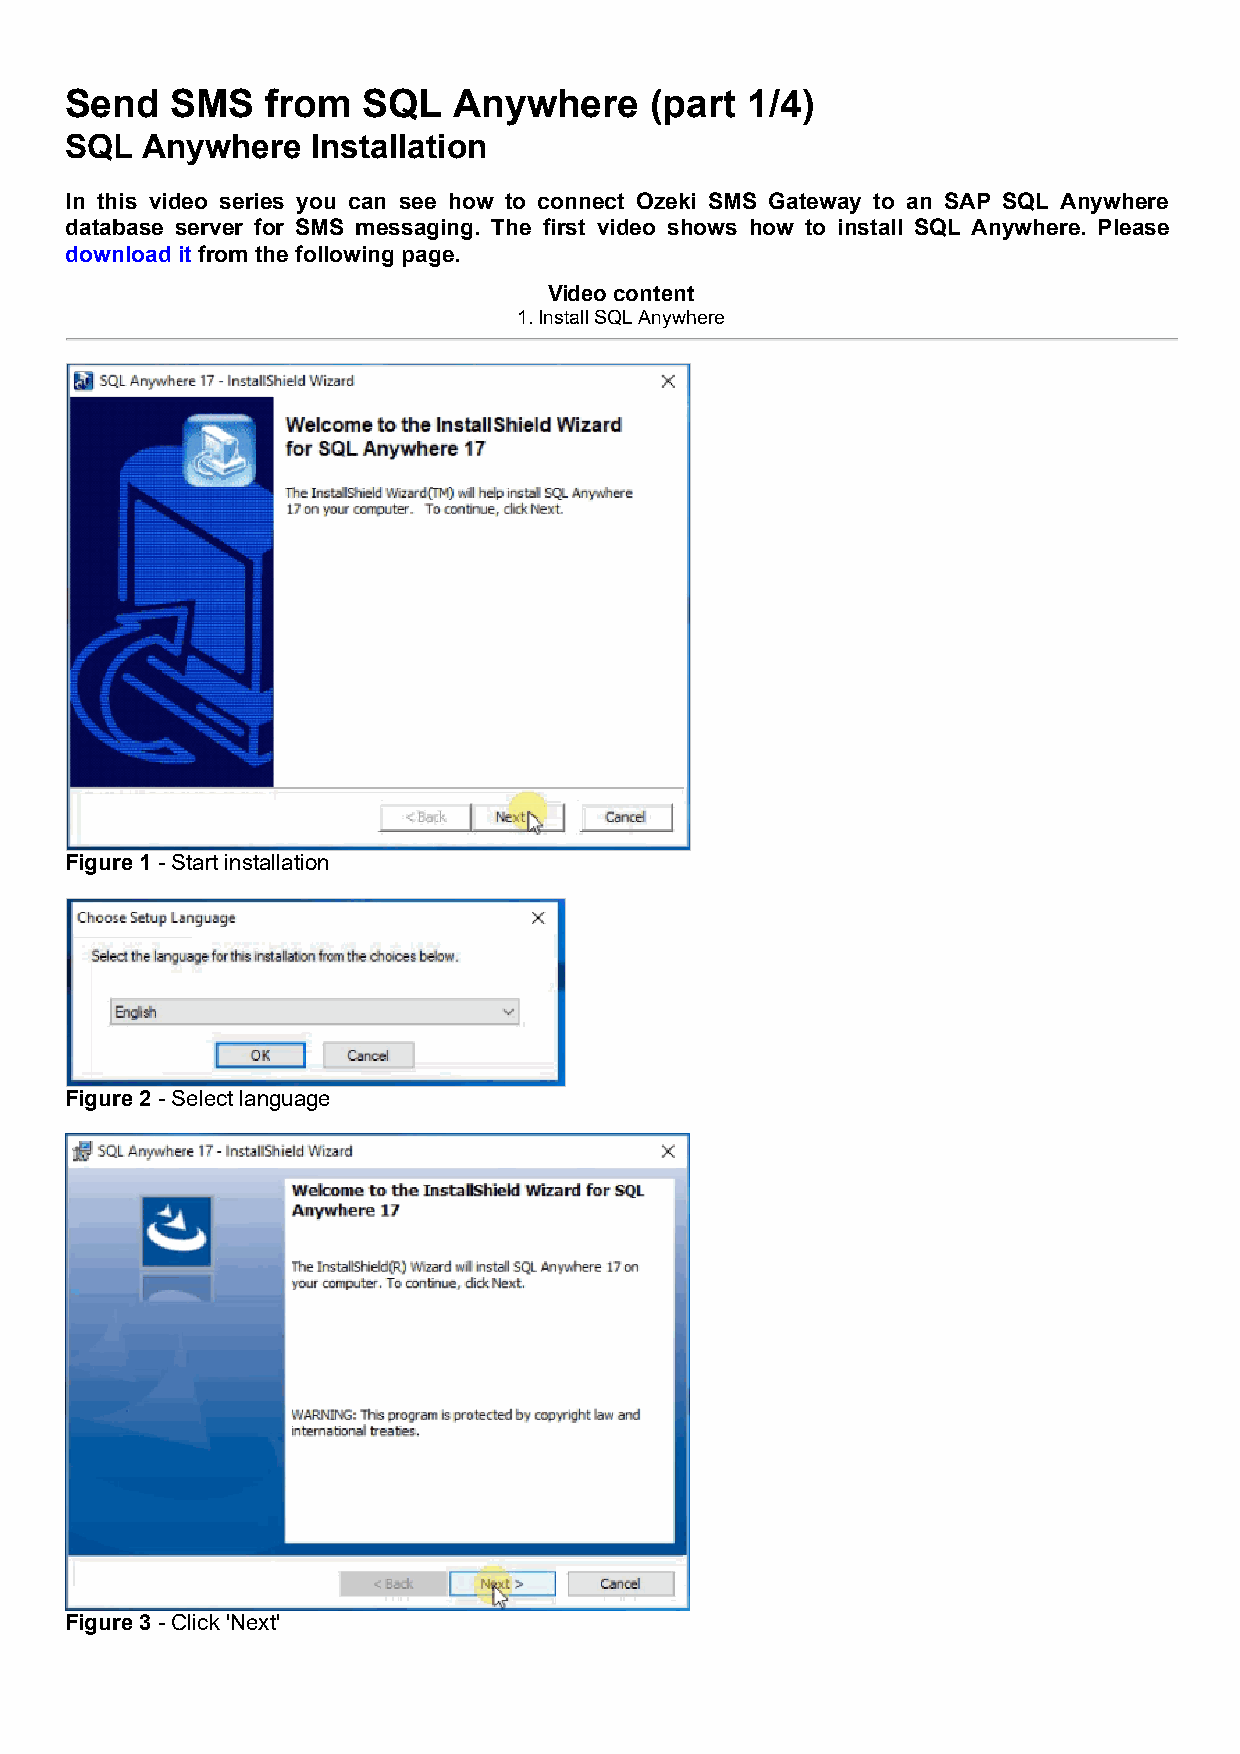
Send   SMS    from  SQL   Anywhere     (part  1/4)
 SQL  Anywhere    Installation
 In this video series you can see how to connect Ozeki SMS Gateway to an SAP SQL Anywhere
 database server for SMS messaging. The first video shows how to install SQL Anywhere. Please
 download it from the following page.
 Video content
 1. Install SQL Anywhere
 Figure 1 - Start installation
 Figure 2 - Select language
 Figure 3 - Click 'Next'